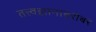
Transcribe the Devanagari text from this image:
तत्त्वज्ञानाबरोबर